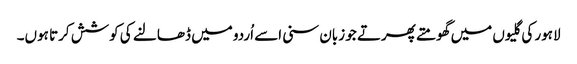
لاہور کی گلیوں میں گھومتے پھرتے جو زبان سنی اسے اُردو میں ڈھالنے کی کوشش کرتا ہوں۔